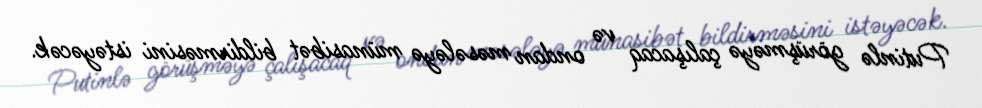
Putinlə görüşməyə çalışacaq və ondan məsələyə münasibət bildirməsini istəyəcək.